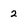
Character: 2